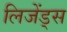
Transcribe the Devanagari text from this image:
लिजेंड्स